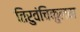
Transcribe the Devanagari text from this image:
तिरुवंचिकुलम